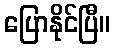
ပြောနိုင်ပြီ။